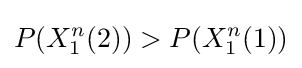
P(X_{1}^{n}(2))>P(X_{1}^{n}(1))